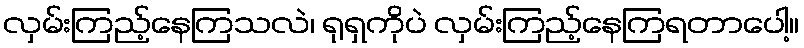
လှမ်းကြည့်နေကြသလဲ၊ ရုရှကိုပဲ လှမ်းကြည့်နေကြရတာပေါ့။